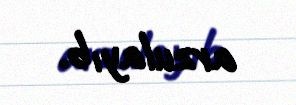
arzulayıb.